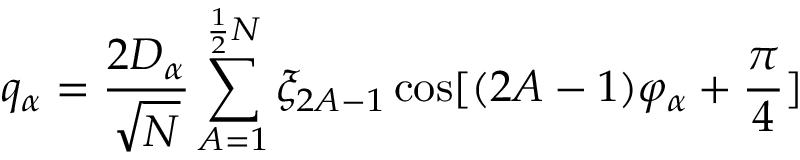
q _ { \alpha } = \frac { 2 D _ { \alpha } } { \sqrt { N } } \sum _ { A = 1 } ^ { \frac { 1 } { 2 } N } \xi _ { 2 A - 1 } \cos [ ( 2 A - 1 ) \varphi _ { \alpha } + \frac { \pi } { 4 } ]